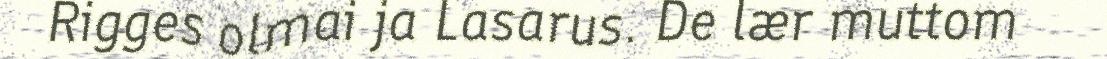
Rigges olmai ja Lasarus. De lær muttom